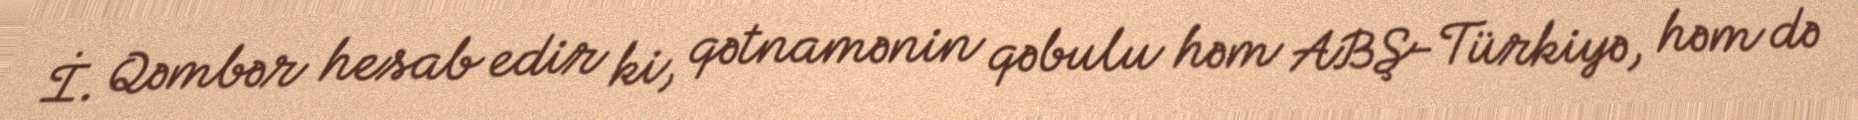
İ. Qəmbər hesab edir ki, qətnamənin qəbulu həm ABŞ-Türkiyə, həm də